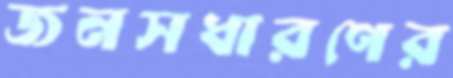
জনসধারণের